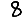
Digit: 8